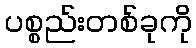
ပစ္စည်းတစ်ခုကို